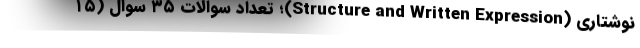
نوشتاری (Structure and Written Expression)؛ تعداد سوالات ۳۵ سوال (۱۵